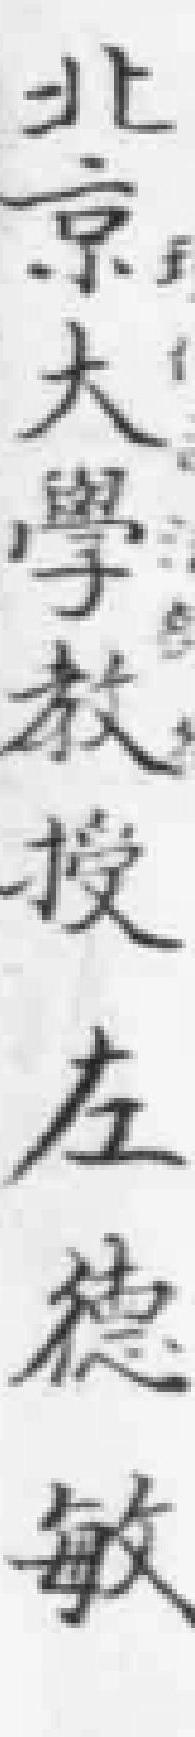
北京大學教授左德敏